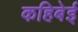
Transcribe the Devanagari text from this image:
कहिबेई